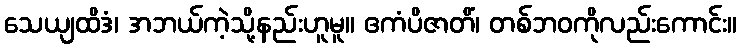
သေယျထိဒံ၊ အဘယ်ကဲ့သို့နည်းဟူမူ။ ဧကံပိဇာတိံ၊ တစ်ဘဝကိုလည်းကောင်း။